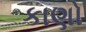
કાણો